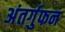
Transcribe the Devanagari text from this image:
अंतर्गुफन